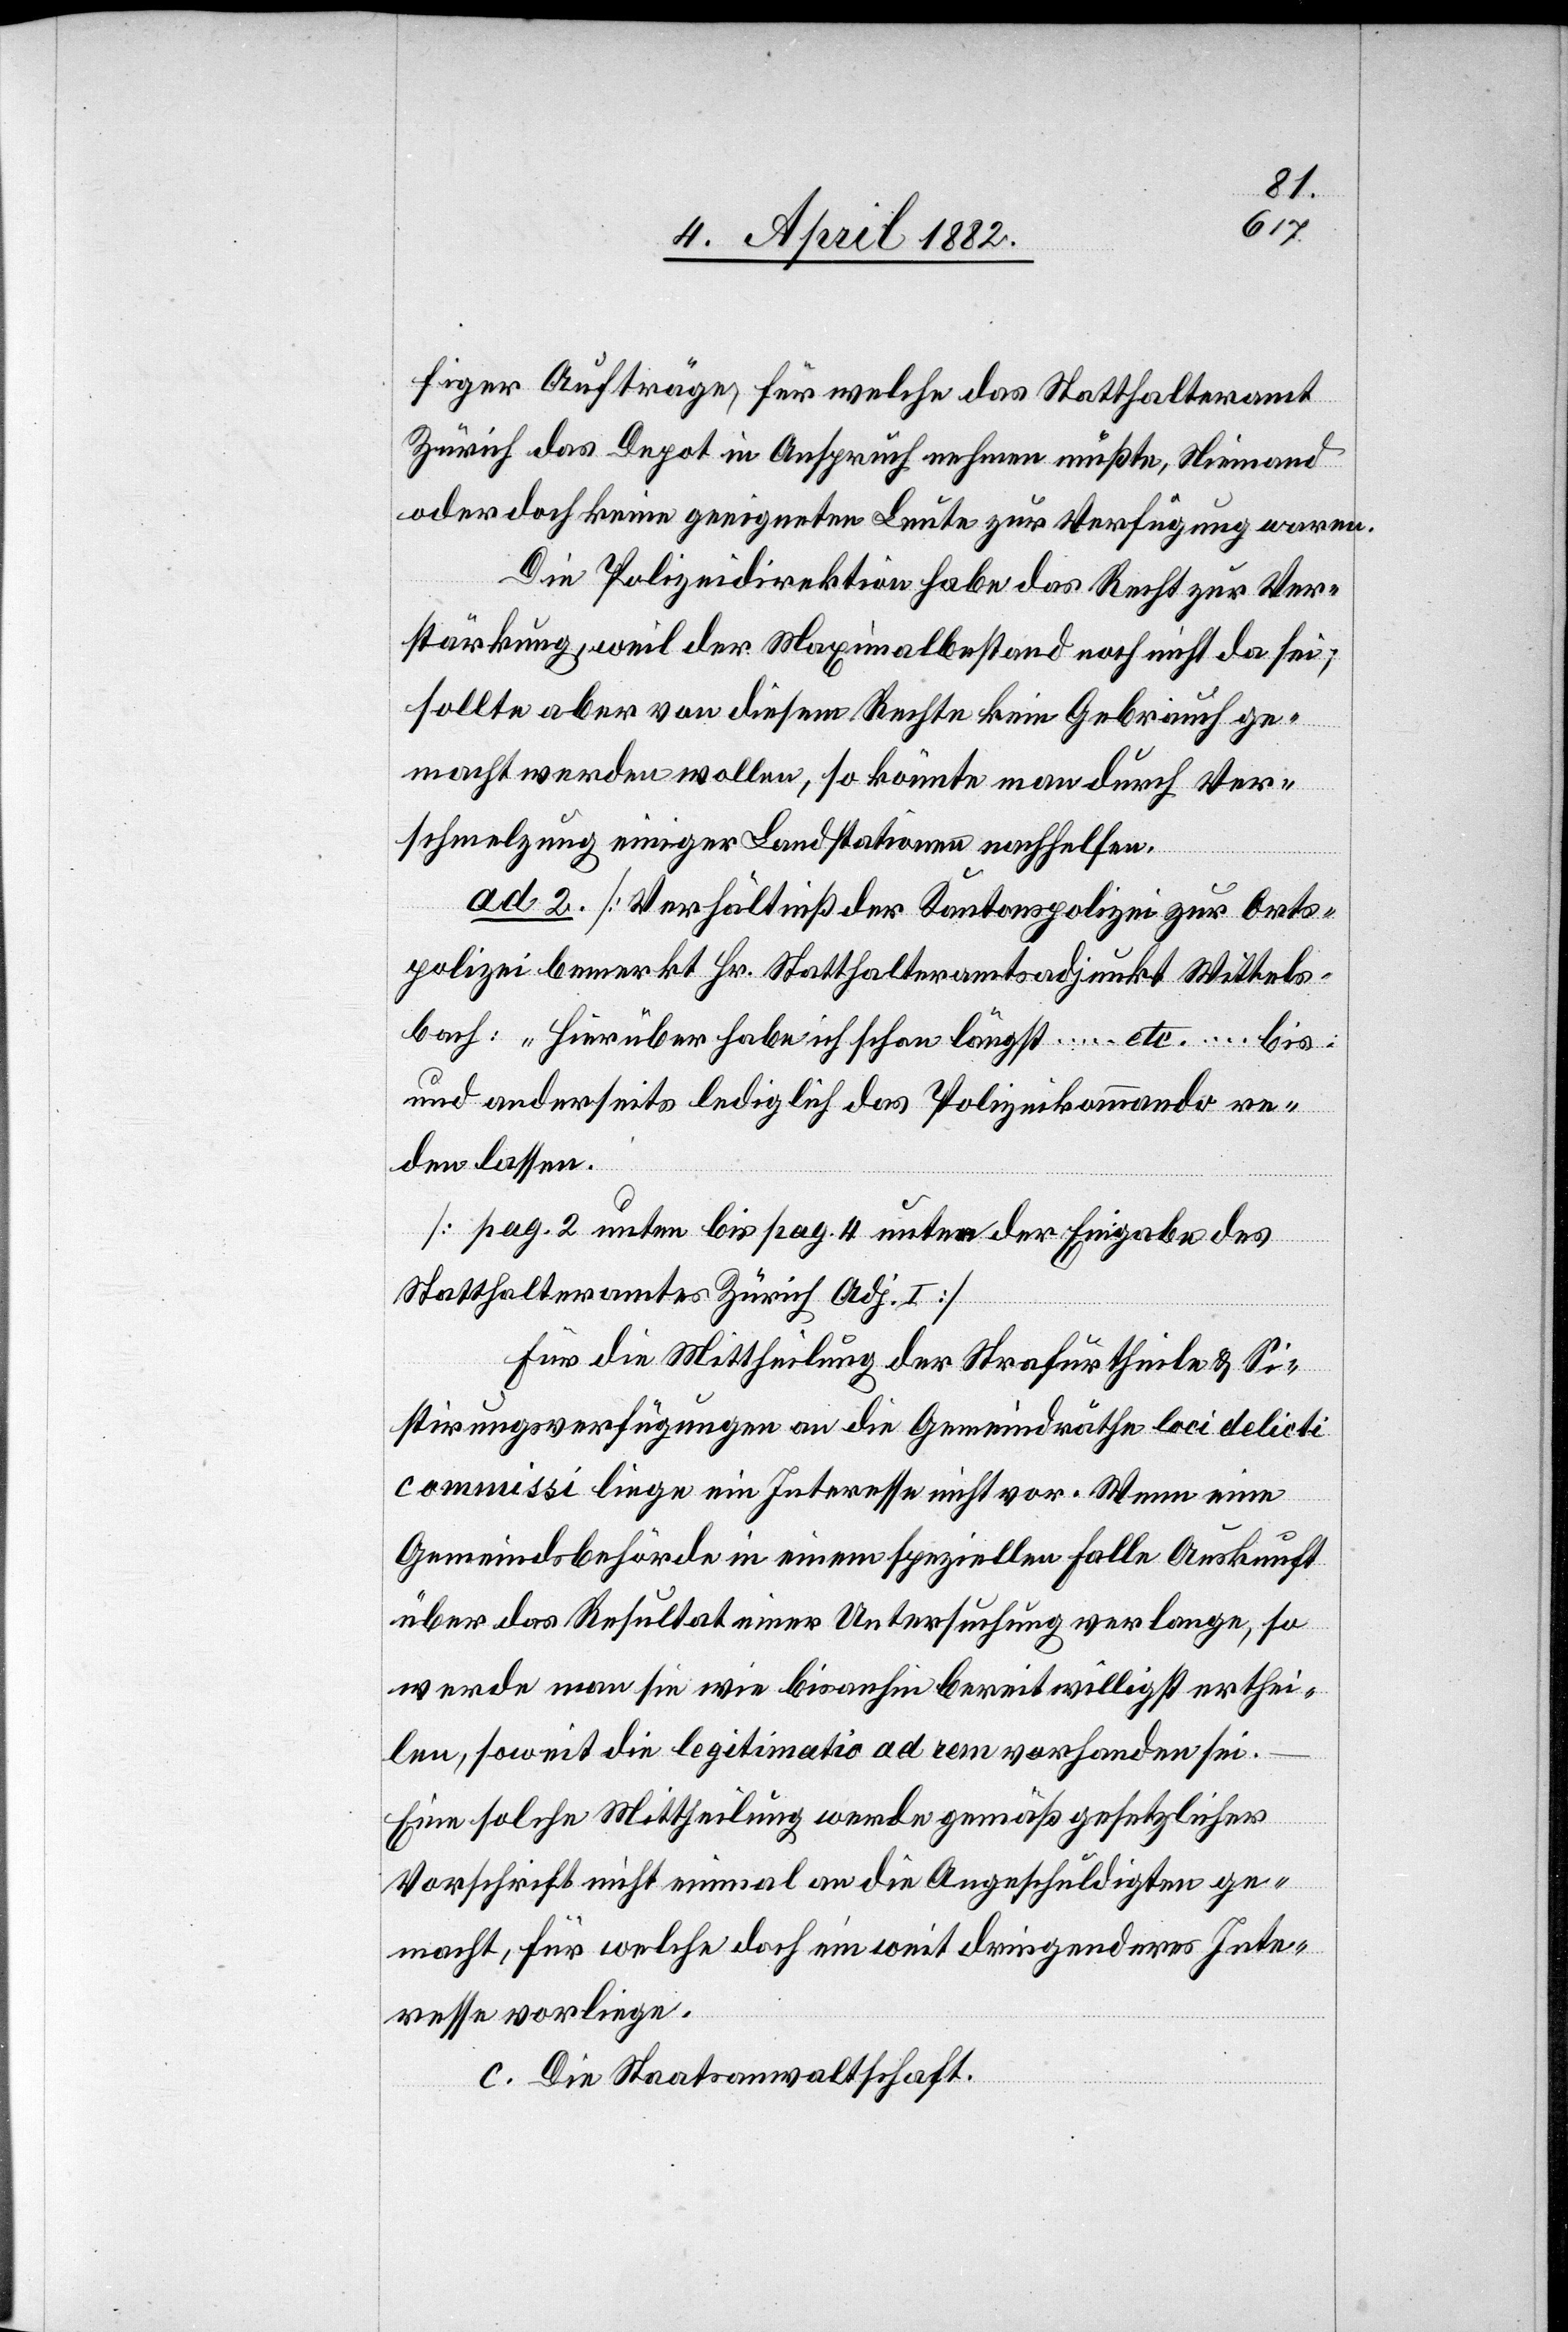
figer Aufträge, für welche das Statthalteramt
Zürich das Depot in Anspruch nehmen müßte, Niemand
oder doch keine geeigneten Leute zur Verfügung waren.
Die Polizeidirektion habe das Recht zur Ver¬
stärkung, weil der Maximalbestand noch nicht da sei;
sollte aber von diesem Rechte kein Gebrauch ge¬
macht werden wollen, so könnte man durch Ver¬
schmelzung einiger Landstationen nachhelfen.
ad 2. Verhältniß der Kantonspolizei zur Orts¬
polizei bemerkt Hr. Statthalteramtsadjunkt Wittels¬
bach: „Hierüber habe ich schon längst … etc. … bis
und anderseits lediglich das Polizeikommando re¬
den lassen.[“]
[pag. 2 unten bis pag. 4 unter der Eingabe des
Statthalteramtes Zürich Adj. I]
Für die Mittheilung der Strafurtheile & Si¬
stirungsverfügungen an die Gemeindräthe loci delicti
commissi liege ein Interesse nicht vor. Wenn eine
Gemeindsbehörde in einem speziellen Falle Auskunft
über das Resultat einer Untersuchung verlange, so
werde man sie wie bis anhin bereitwilligst erthei¬
len, soweit die legitimatio ad rem vorhanden sei.
Eine solche Mittheilung werde gemäß gesetzlicher
Vorschrift nicht einmal an die Angeschuldigten ge¬
macht, für welche doch ein weit dringenderes Inte¬
resse vorliege.
c. Die Staatsanwaltschaft.